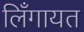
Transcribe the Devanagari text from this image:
लिँगायत